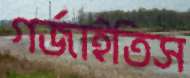
গর্‌জাইতিস